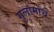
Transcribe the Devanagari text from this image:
गुलांमांचे